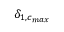
\delta _ { 1 , c _ { m a x } }